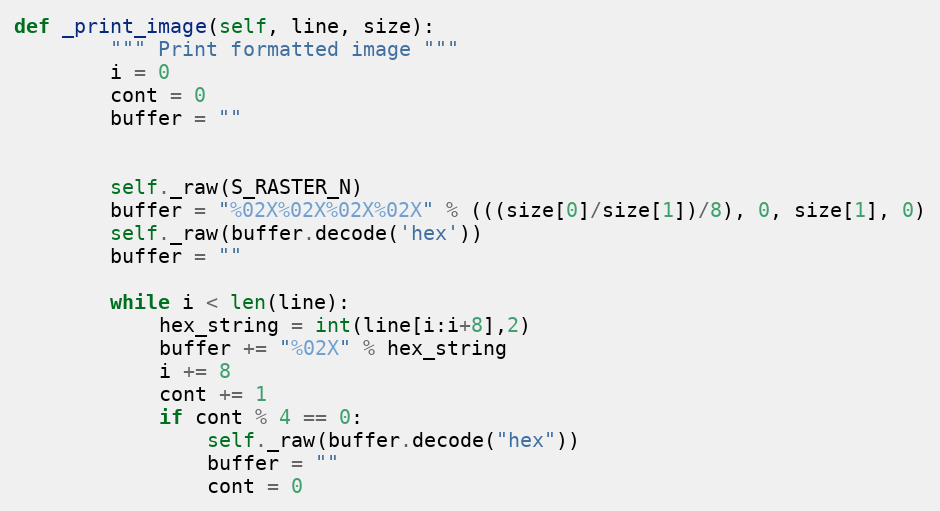
Language: Python
def _print_image(self, line, size):
        """ Print formatted image """
        i = 0
        cont = 0
        buffer = ""

        self._raw(S_RASTER_N)
        buffer = "%02X%02X%02X%02X" % (((size[0]/size[1])/8), 0, size[1], 0)
        self._raw(buffer.decode('hex'))
        buffer = ""

        while i < len(line):
            hex_string = int(line[i:i+8],2)
            buffer += "%02X" % hex_string
            i += 8
            cont += 1
            if cont % 4 == 0:
                self._raw(buffer.decode("hex"))
                buffer = ""
                cont = 0